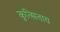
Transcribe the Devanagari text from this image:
कुत्सिताय